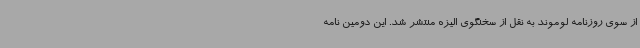
از سوی روزنامه لوموند به نقل از سخنگوی الیزه منتشر شد. این دومین نامه